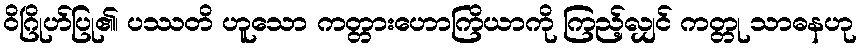
ဝိဂြိုဟ်ပြု၏၊ ပဿတိ ဟူသော ကတ္တားဟောကြိယာကို ကြည့်လျှင် ကတ္တု သာဓနဟု